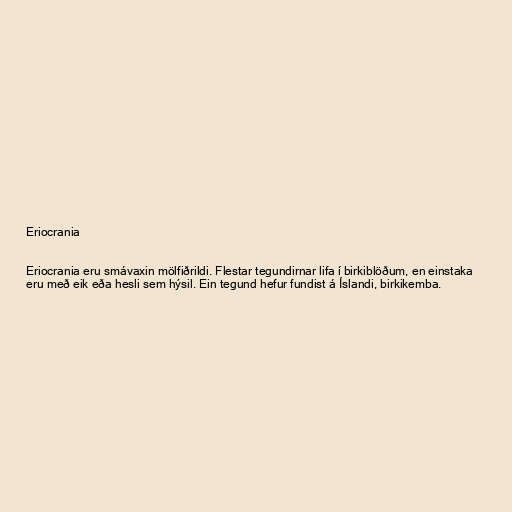
Eriocrania

Eriocrania eru smávaxin mölfiðrildi. Flestar tegundirnar lifa í birkiblöðum, en einstaka
eru með eik eða hesli sem hýsil. Ein tegund hefur fundist á Íslandi, birkikemba.